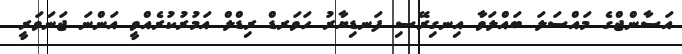
އަސާންޖްގެ މައްސަލަ ބައްލަވާ އިނގިރޭސި ފަނޑިޔާރު ހަވަރޑް ރިޑްލް އަމުރުކުރެއްވީ އަންނަ ޖަނަވަރީ